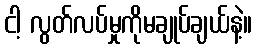
ငါ့ လွတ်လပ်မှုကိုမချုပ်ချယ်နဲ့။